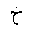
Letter: _kha